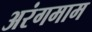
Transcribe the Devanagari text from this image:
अरंगमाम